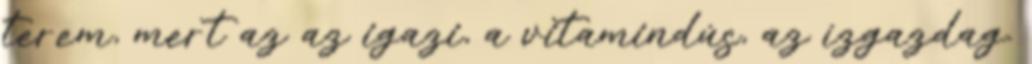
terem, mert az az igazi, a vitamindús, az ízgazdag.